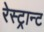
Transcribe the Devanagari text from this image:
रेस्ट्रान्ट